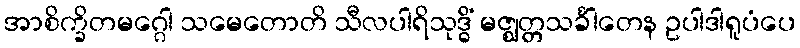
အာစိက္ခိတမဂ္ဂေါ သမေတောတိ သီလပါရိသုဒ္ဓိံ မဇ္ဈတ္တသင်္ခါတေန ဥပါဒါရူပံပေ